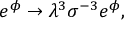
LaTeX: { e ^ { \phi } \rightarrow { \lambda } ^ { 3 } { \sigma } ^ { - 3 } e ^ { \phi } , }